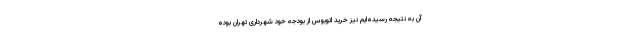
آن به نتیجه رسیده‌ایم نیز خرید اتوبوس از بودجه خود شهرداری تهران بوده